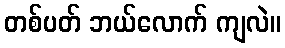
တစ်ပတ် ဘယ်လောက် ကျလဲ။